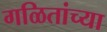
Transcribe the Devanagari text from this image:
गळितांच्या